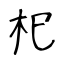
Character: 𣏌